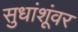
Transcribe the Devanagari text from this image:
सुधांशूंवर